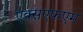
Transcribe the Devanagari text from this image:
एक्सएफएम